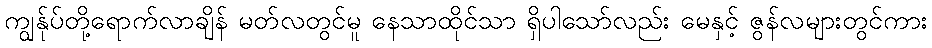
ကျွန်ုပ်တို့ရောက်လာချိန် မတ်လတွင်မူ နေသာထိုင်သာ ရှိပါသော်လည်း မေနှင့် ဇွန်လများတွင်ကား